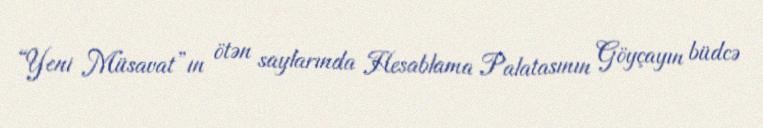
“Yeni Müsavat”ın ötən saylarında Hesablama Palatasının Göyçayın büdcə